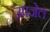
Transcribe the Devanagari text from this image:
उपजेल